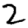
Digit: 2